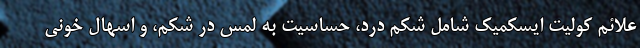
علائم کولیت ایسکمیک شامل شکم درد، حساسیت به لمس در شکم، و اسهال خونی